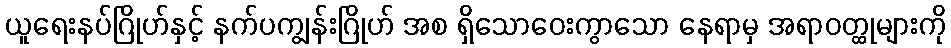
ယူရေးနပ်ဂြိုဟ်နှင့် နက်ပကျွန်းဂြိုဟ် အစ ရှိသောဝေးကွာသော နေရာမှ အရာဝတ္ထုများကို